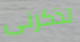
تذكرنى